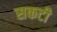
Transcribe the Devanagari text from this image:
सकटी